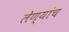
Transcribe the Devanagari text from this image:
लेण्यांच